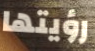
رؤيتها